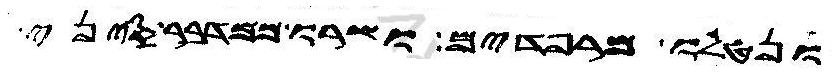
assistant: ונטלו מרפדים ושרו במדבר סיני